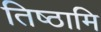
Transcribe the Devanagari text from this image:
तिष्‍ठामि